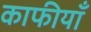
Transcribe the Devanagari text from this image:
काफीयाँ